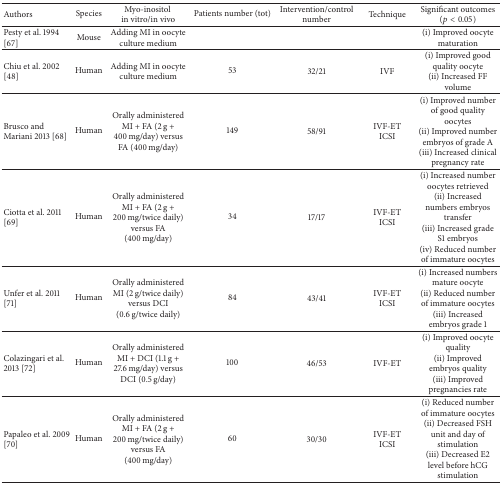
<table><thead><tr><td><b>Authors</b></td><td><b>Species</b></td><td><b>Myo-inositol in vitro/in vivo</b></td><td><b>Patients number (tot)</b></td><td><b>Intervention/controlnumber</b></td><td><b>Technique</b></td><td><b>Significant outcomes(<i>p</i> &lt; 0.05)</b></td></tr></thead><tbody><tr><td>Pesty et al. 1994 [67]</td><td>Mouse</td><td>Adding MI in oocyte culture medium</td><td> </td><td> </td><td> </td><td>(i) Improved oocyte maturation</td></tr><tr><td>Chiu et al. 2002 [48]</td><td>Human</td><td>Adding MI in oocyte culture medium</td><td>53</td><td>32/21</td><td>IVF</td><td>(i) Improved good quality oocyte(ii) Increased FF volume</td></tr><tr><td> Brusco and Mariani 2013 [68]</td><td>Human</td><td>Orally administered MI + FA (2 g + 400 mg/day) versus FA (400 mg/day)</td><td>149</td><td>58/91</td><td>IVF-ETICSI</td><td>(i) Improved number of good quality oocytes(ii) Improved number embryos of grade A(iii) Increased clinical pregnancy rate</td></tr><tr><td>Ciotta et al. 2011 [69]</td><td>Human</td><td>Orally administered MI + FA (2 g + 200 mg/twice daily) versus FA (400 mg/day)</td><td>34</td><td>17/17</td><td>IVF-ETICSI</td><td>(i) Increased number oocytes retrieved(ii) Increased numbers embryos transfer(iii) Increased grade S1 embryos(iv) Reduced number of immature oocytes</td></tr><tr><td>Unfer et al. 2011 [71]</td><td>Human</td><td>Orally administered MI (2 g/twice daily) versus DCI (0.6 g/twice daily)</td><td>84</td><td>43/41</td><td>IVF-ETICSI</td><td>(i) Increased numbers mature oocyte(ii) Reduced number of immature oocytes(iii) Increased embryos grade 1</td></tr><tr><td>Colazingari et al. 2013 [72]</td><td>Human</td><td>Orally administered MI + DCI (1.1 g + 27.6 mg/day) versus DCI (0.5 g/day)</td><td>100</td><td>46/53</td><td>IVF-ET</td><td>(i) Improved oocyte quality(ii) Improved embryos quality(iii) Improved pregnancies rate</td></tr><tr><td>Papaleo et al. 2009 [70]</td><td>Human</td><td>Orally administered MI + FA (2 g + 200 mg/twice daily) versus FA (400 mg/day)</td><td>60</td><td>30/30</td><td>IVF-ETICSI</td><td>(i) Reduced number of immature oocytes(ii) Decreased FSH unit and day of stimulation(iii) Decreased E2 level before hCG stimulation</td></tr></tbody></table>